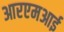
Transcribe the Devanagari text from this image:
आरएमआई